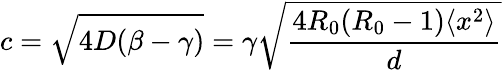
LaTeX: c=\sqrt{4D(\beta-\gamma)}=\gamma\sqrt{\frac{4R_{0}(R_{0}-1)\langle x^{2}\rangle}{d}}